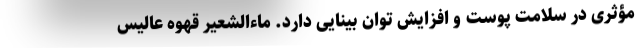
مؤثری در سلامت پوست و افزایش توان بینایی دارد. ماءالشعیر قهوه عالیس